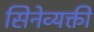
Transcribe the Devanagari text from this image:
सिनेव्यक्ती